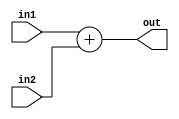
module Adder (input [31:0] in1, input [31:0] in2, output [31:0] out);
     assign out = in1 + in2;
endmodule // Adder